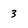
Character: 3